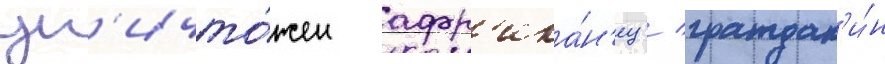
ун'ичто́жен афр'ика́н'ец / граждан'и́н